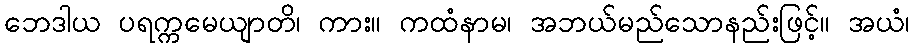
ဘေဒါယ ပရက္ကမေယျာတိ၊ ကား။ ကထံနာမ၊ အဘယ်မည်သောနည်းဖြင့်။ အယံ၊